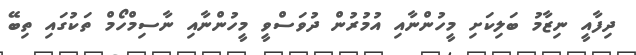
ދިފާއީ ނިޒާމު ބަލިކަށި މީހުންނާއި އުމުރުން ދުވަސްވީ މީހުންނާއި ނާސިމްހޯމް ތަކުގައި ތިބޭ